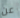
عن